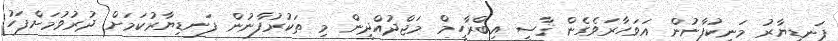
ފަނޑިޔާރު މަނިކުފާނުން އަވަހާރަވެގެން ޤާޟީ އިބްރާހީމް މަޖްދުއްދީން މި ތަކުރުފާނުން ފަނޑިޔާރުކަމަށް ދުރުވުމަށްފަހު